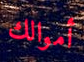
أموالك